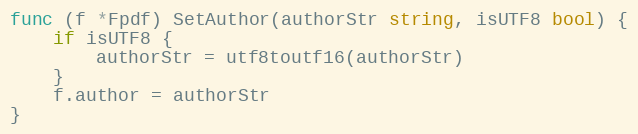
Language: Go
func (f *Fpdf) SetAuthor(authorStr string, isUTF8 bool) {
	if isUTF8 {
		authorStr = utf8toutf16(authorStr)
	}
	f.author = authorStr
}